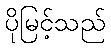
ပိုမြင့်သည်